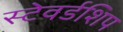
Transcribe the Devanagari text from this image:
स्टेवर्डशिप